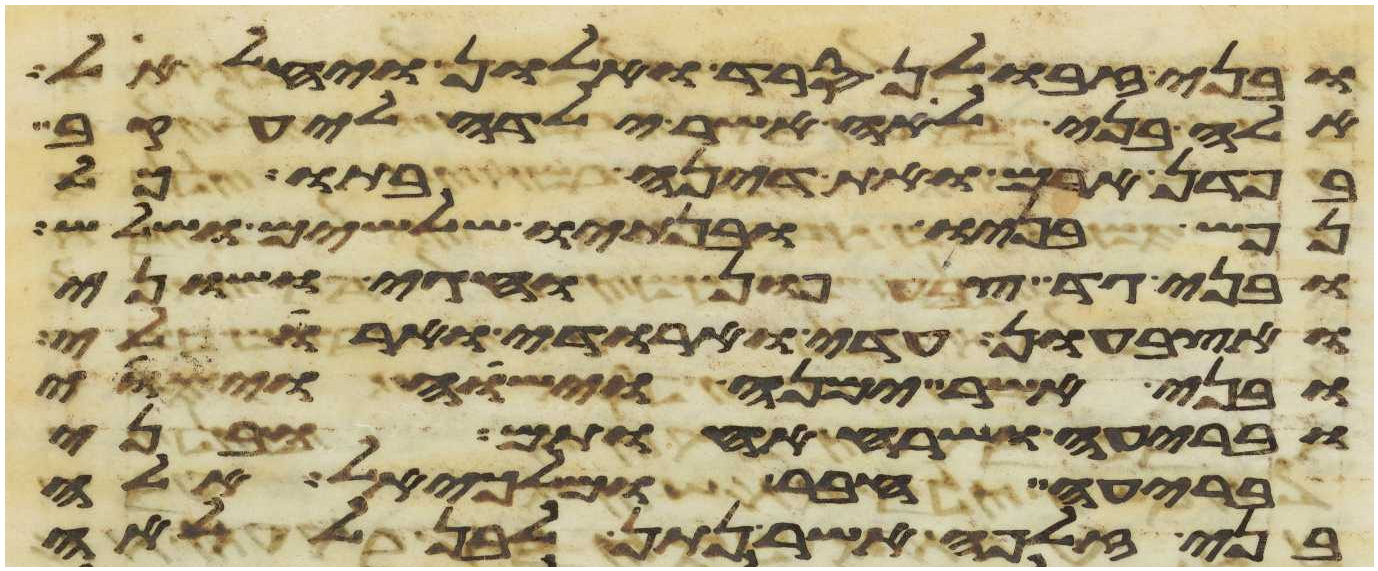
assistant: ובני זבולן סרד ואלון ויחלאל
אלה בני לאה אשר ילדה ליעקב
בפדן ארם ואת דינה בתו כל
נפש בניו ובנתיו שלשים ושלש
ובני גד צפון וחגי ושוני
ואצבעון עדי וארודי וארולי
ובני אשר ימנה וישוה וישוי
ובריעה ושרח אחותם ובני
בריעה חבר ומלכיאל אלה
בני זלפה אשר נתן לבן ללאה